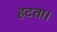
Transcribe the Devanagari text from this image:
हटता।